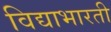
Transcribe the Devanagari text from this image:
विद्याभारती